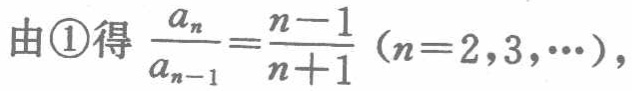
由\textcircled{1}得 \(\frac{a_{n}}{a_{n - 1}}=\frac{n - 1}{n + 1}\ (n = 2,3,\cdots)\)，